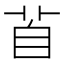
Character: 𦤄